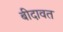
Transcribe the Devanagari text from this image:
बीदावत